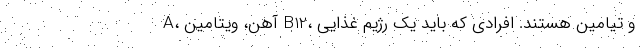
A، آهن، ویتامین B12، و تیامین هستند. افرادی که باید یک رژیم غذایی